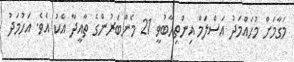
މަގާމަށް މުހައްމަދު އަސްލަމް އިންތިހާބުވީ 21 މެންބަރުންގެ ތާއީދާ އެކު އެވެ. އަހުމަދު